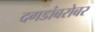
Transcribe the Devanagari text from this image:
दगडांबरोबर